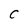
Character: C